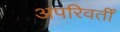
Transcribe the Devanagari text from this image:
अपरिवर्तीं